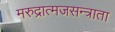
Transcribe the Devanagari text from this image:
मरुद्रात्मजसन्त्राता